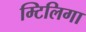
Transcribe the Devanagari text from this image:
म्टिलिगा